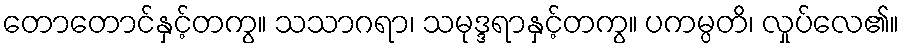
တောတောင်နှင့်တကွ။ သသာဂရာ၊ သမုဒ္ဒရာနှင့်တကွ။ ပကမ္ပတိ၊ လှုပ်လေ၏။